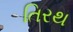
તિરથ